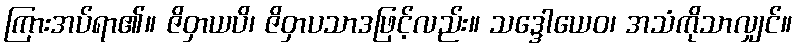
ကြားအပ်ရာ၏။ ဇိဝှာယပိ၊ ဇိဝှာပသာဒဖြင့်လည်း။ သဒ္ဒေါယေဝ၊ အသံကိုသာလျှင်။